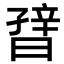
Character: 𬁪